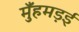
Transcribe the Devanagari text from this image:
मुँहमड़ई